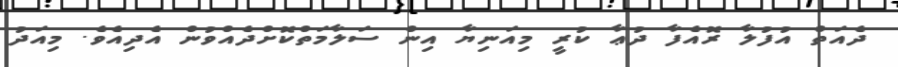
ދެއަތް އުފުލާ ރޮއެފާ ދުޢާ ކުރީ މިއަނިޔާ އިން ސަލާމަތްކޮށްދެއްވުން އެދިއެވެ. މިއަދު